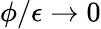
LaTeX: \phi/\epsilon\rightarrow 0